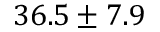
3 6 . 5 \pm 7 . 9